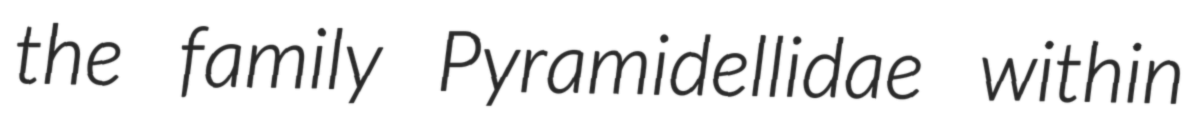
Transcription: the family Pyramidellidae within